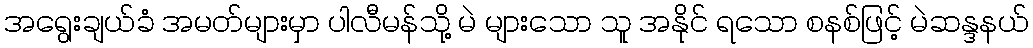
အရွေးချယ်ခံ အမတ်များမှာ ပါလီမန်သို့ မဲ များသော သူ အနိုင် ရသော စနစ်ဖြင့် မဲဆန္ဒနယ်